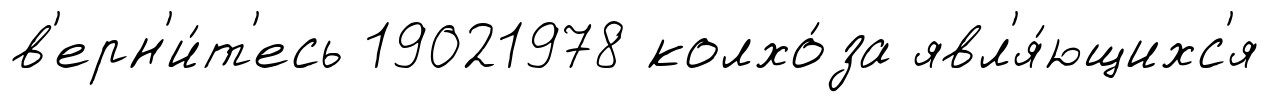
в'ерн'и́т'есь 19021978 колхо́за явл'я́ющихс'я